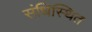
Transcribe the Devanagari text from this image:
संधिस्थित